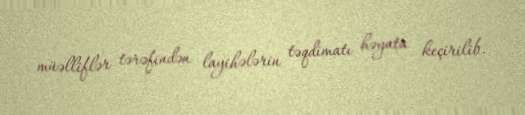
müəlliflər tərəfindən layihələrin təqdimatı həyata keçirilib.